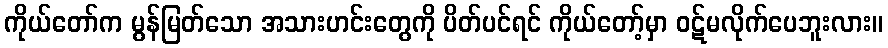
ကိုယ်တော်က မွန်မြတ်သော အသားဟင်းတွေကို ပိတ်ပင်ရင် ကိုယ်တော့်မှာ ဝဋ်မလိုက်ပေဘူးလား။